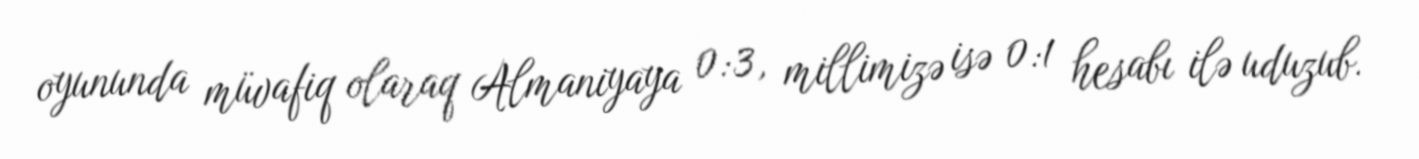
oyununda müvafiq olaraq Almaniyaya 0:3, millimizə isə 0:1 hesabı ilə uduzub.